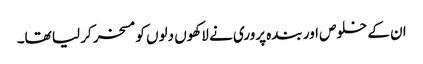
ان کے خلوص اور بندہ پروری نے لاکھوں دلوں کو مسخر کر لیا تھا۔